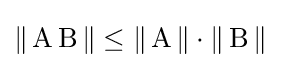
{\textstyle \|\operatorname {A} \operatorname {B} \|\leq \|\operatorname {A} \|\cdot \|\operatorname {B} \|}